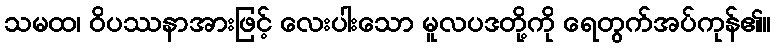
သမထ၊ ဝိပဿနာအားဖြင့် လေးပါးသော မူလပဒတို့ကို ရေတွက်အပ်ကုန်၏။